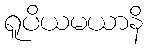
ရူပိယမယာနိ